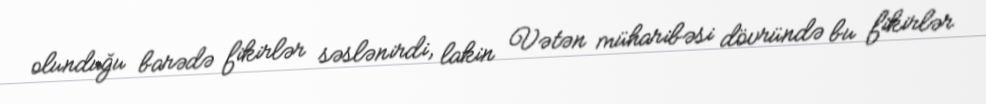
olunduğu barədə fikirlər səslənirdi, lakin Vətən müharibəsi dövründə bu fikirlər